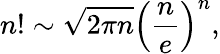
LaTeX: n!\sim{\sqrt{2\pi n}}\left({\frac{n}{e}}\right)^{n},